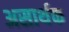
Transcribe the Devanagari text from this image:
असार्थक